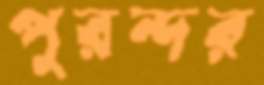
পুরন্দর